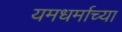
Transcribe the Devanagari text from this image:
यमधर्माच्या